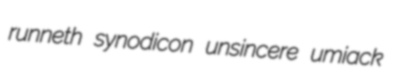
runneth synodicon unsincere umiack